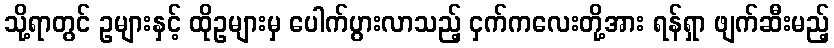
သို့ရာတွင် ဥများနှင့် ထိုဥများမှ ပေါက်ပွားလာသည့် ငှက်ကလေးတို့အား ရန်ရှာ ဖျက်ဆီးမည့်